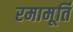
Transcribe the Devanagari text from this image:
रमामूर्ति